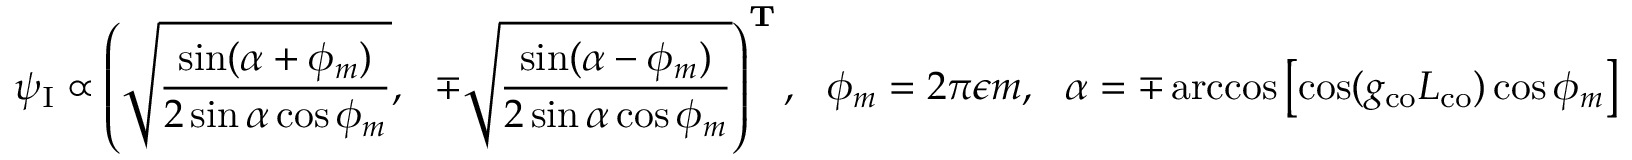
\psi _ { \mathrm { I } } \propto \left( \sqrt { \frac { \sin ( \alpha + \phi _ { m } ) } { 2 \sin \alpha \cos \phi _ { m } } } , \ \ \mp \sqrt { \frac { \sin ( \alpha - \phi _ { m } ) } { 2 \sin \alpha \cos \phi _ { m } } } \right) ^ { \mathbf { T } } , \ \ \phi _ { m } = 2 \pi \epsilon m , \ \ \alpha = \mp \operatorname { a r c c o s } \left[ \cos ( g _ { \mathrm { c o } } L _ { \mathrm { c o } } ) \cos \phi _ { m } \right]